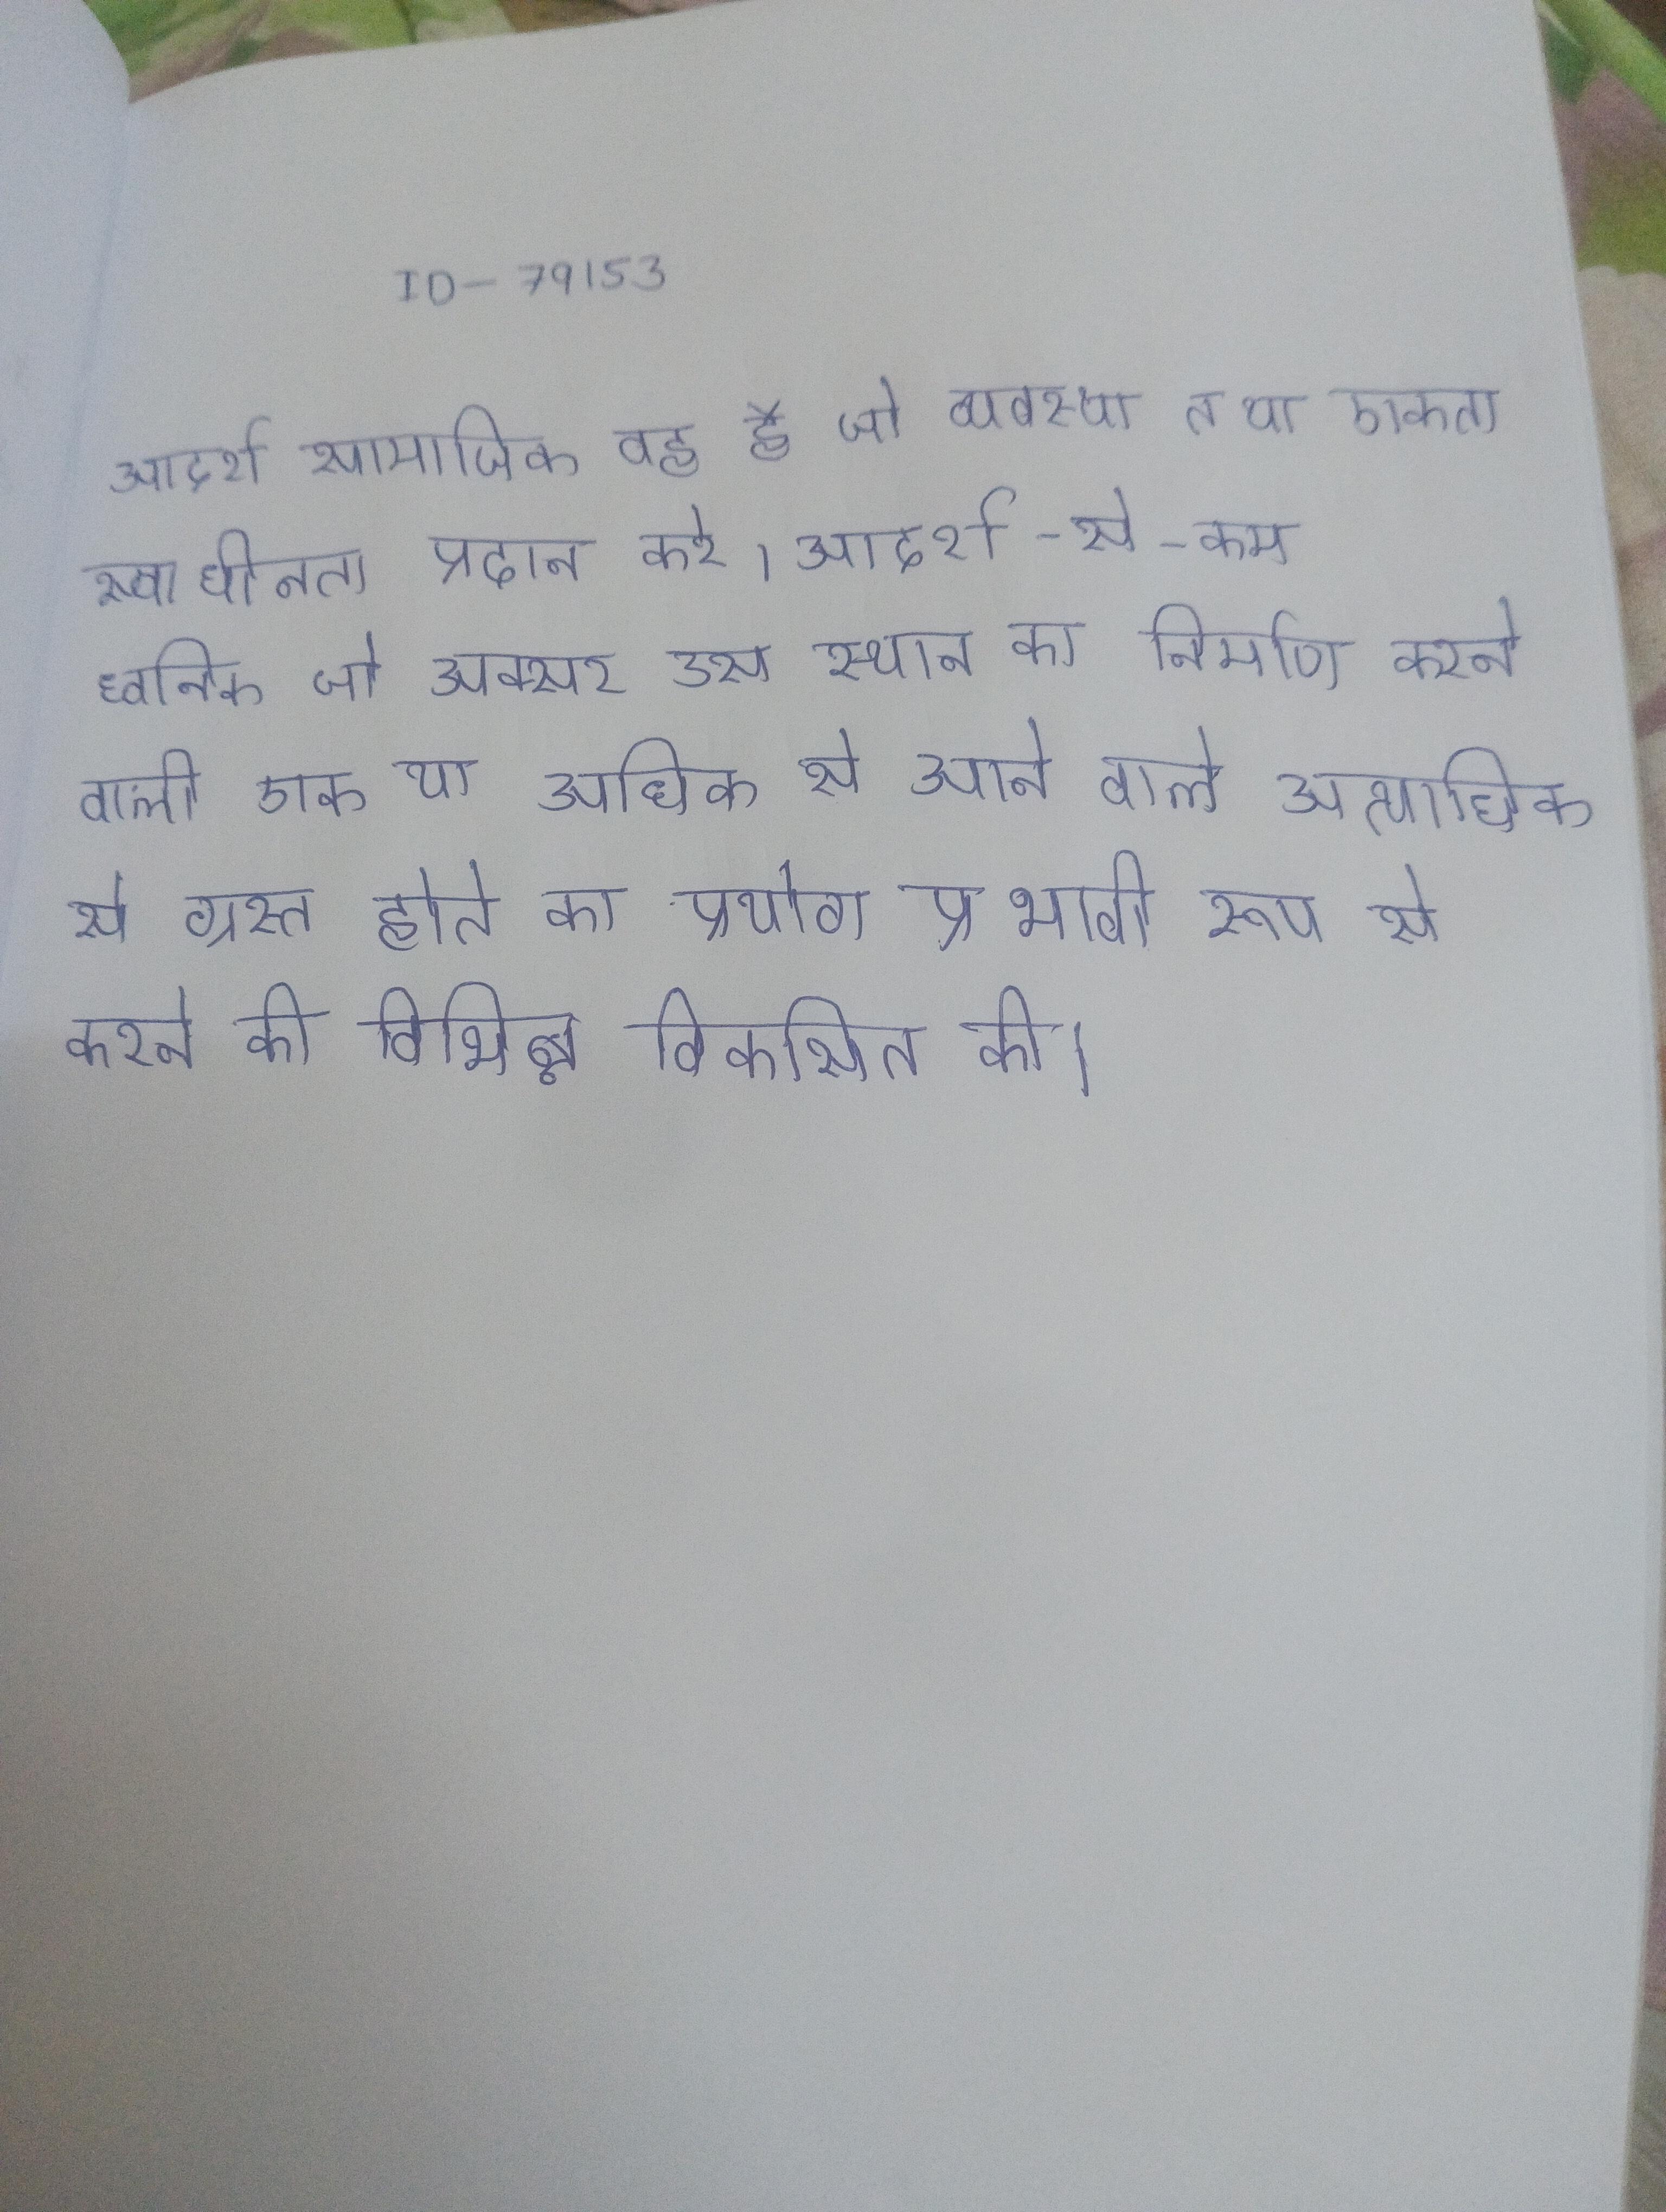
आदर्श सामाजिक वह है जो "व्यवस्था तथा एकता स्वाधीनता" प्रदान करे । आदर्श-से-कम ध्वनिक जो अक्सर उस स्थान का निर्माण करने वाली एक या अधिक से आने वाले अत्यधिक से ग्रस्त होते का प्रयोग प्रभावी रूप से करने की विभिन्न विकसित की ।